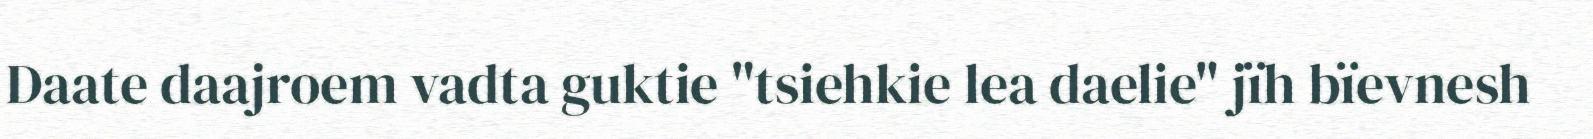
Daate daajroem vadta guktie "tsiehkie lea daelie" jïh bïevnesh